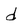
Character: d